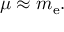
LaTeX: \mu \approx m _ { \mathrm { e } } .